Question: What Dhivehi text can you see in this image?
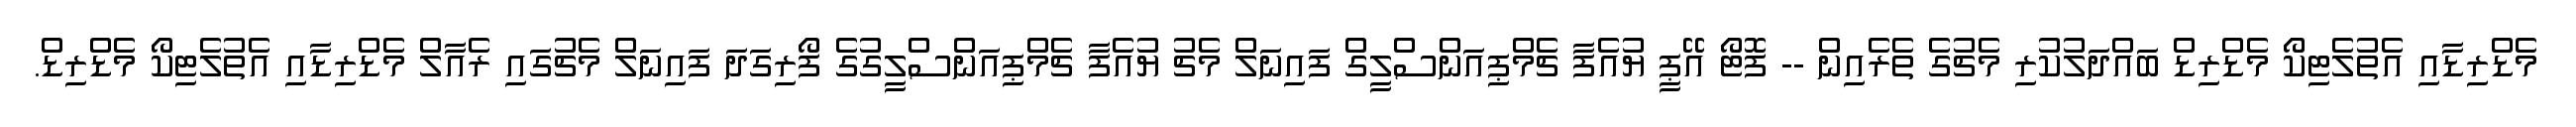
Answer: މެޑްރިޑާއި އެތުލެޓިކޯ މެޑްރިޑް ބައްދަލުކުރި މެޗުގެ ތެރެއިން -- ފޮޓޯ އޭޕީ ޔުއެފާ ޗެމްޕިއަންސްލީގް ފައިނަލް މެޗު ޔުއެފާ ޗެމްޕިއަންސްލީގުގެ ފޯރިގަދަ ފައިނަލް މެޗުގައި ރެއާލް މެޑްރިޑާއި އެތުލެޓިކޯ މެޑްރިޑް.